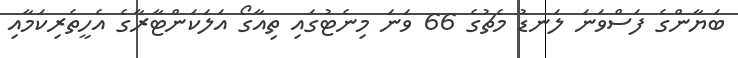
ބަޔާންގެ ފަސްވަނަ ލަނޑު މެޗުގެ 66 ވަނަ މިނެޓުގައި ތިއާގޯ އަލަކަންޓާރާގެ އެހީތެރިކަމާއި